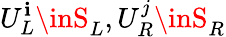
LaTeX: U_{L}^{\mathbf{i}}\inS_{L},U_{R}^{j}\inS_{R}